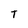
Character: T